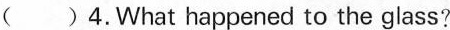
( )4.What happened to the glass?